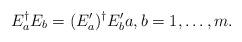
LaTeX: \begin{align*}E_a^\dagger E_b = (E_a')^\dagger E'_b a,b=1,\ldots,m.\end{align*}